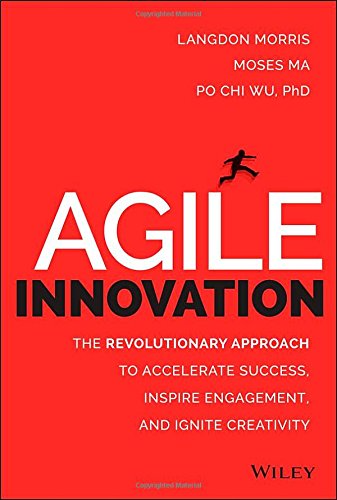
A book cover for Agile Innovation: The Revolutionary Approach to Accelerate Success, Inspire Engagement, and Ignite Creativity; Langdon Morris; Business & Money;